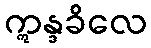
ဣန္ဒခိလေ